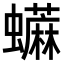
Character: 𧔕